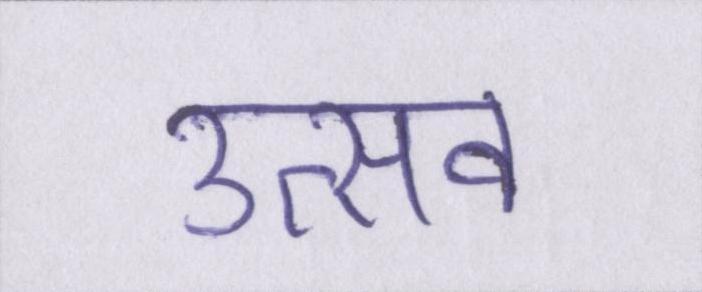
उत्सव